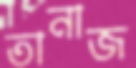
তানাজ